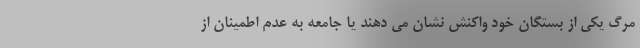
مرگ یکی از بستگان خود واکنش نشان می دهند یا جامعه به عدم اطمینان از